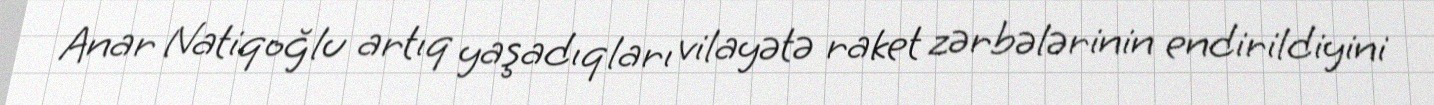
Anar Natiqoğlu artıq yaşadıqları vilayətə raket zərbələrinin endirildiyini